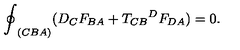
{ \oint } _ { ( C B A ) } ( D _ { C } F _ { B A } + { { T _ { C B } } ^ { D } } F _ { D A } ) = 0 .